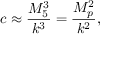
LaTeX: c \approx \frac { M _ { 5 } ^ { 3 } } { k ^ { 3 } } = \frac { M _ { p } ^ { 2 } } { k ^ { 2 } } ,